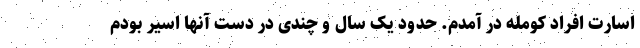
اسارت افراد کومله در آمدم. حدود یک سال و چندی در دست آنها اسیر بودم